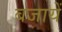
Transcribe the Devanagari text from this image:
बजायें